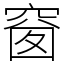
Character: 𥦬